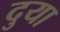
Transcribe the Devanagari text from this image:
दुया